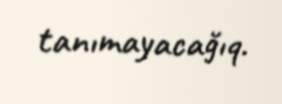
tanımayacağıq.